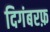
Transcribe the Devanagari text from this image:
दिगंबरफ़